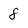
Character: 8